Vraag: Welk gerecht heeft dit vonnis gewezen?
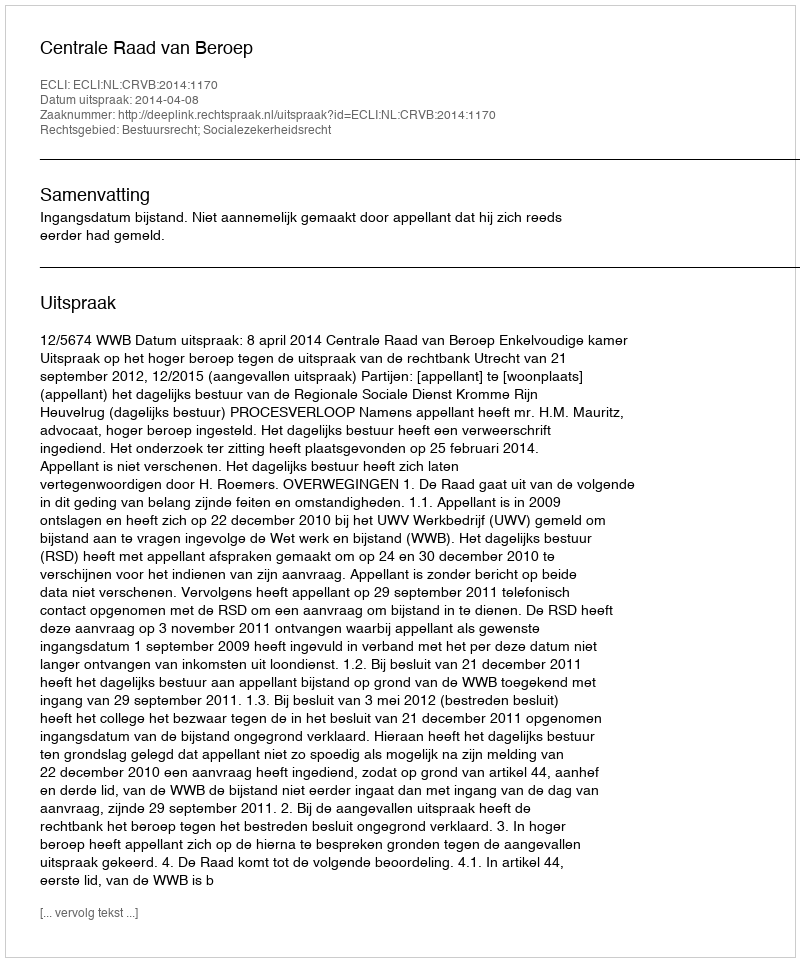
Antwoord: Centrale Raad van Beroep